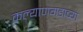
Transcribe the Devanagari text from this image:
कल्याणगडाच्या